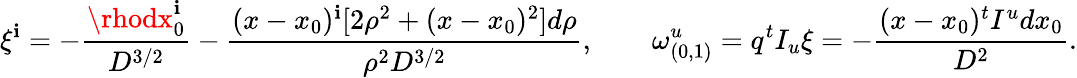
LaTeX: \xi^{\mathbf{i}}=-{\frac{{\rhodx_{0}^{\mathbf{i}}}}{{D^{3/2}}}}-{\frac{{(x-x_{0})^{\mathbf{i}}[2\rho^{2}+(x-x_{0})^{2}]d\rho}}{{\rho^{2}D^{3/2}}}},\quad\quad\omega_{(0,1)}^{u}=q^{t}I_{u}\xi=-{\frac{{(x-x_{0})^{t}I^{u}dx_{0}}}{{D^{2}}}}.